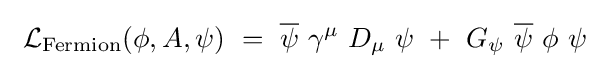
\ {\mathcal {L}}_{\mathrm {Fermion} }(\phi ,A,\psi )~=~{\overline {\psi }}\ \gamma ^{\mu }\ D_{\mu }\ \psi ~+~G_{\psi }\ {\overline {\psi }}\ \phi \ \psi \